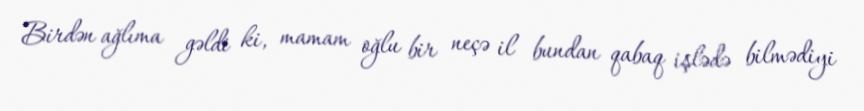
Birdən ağlıma gəldi ki, mamam oğlu bir neçə il bundan qabaq işlədə bilmədiyi